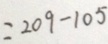
= 2 0 9 - 1 0 5